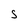
Character: S